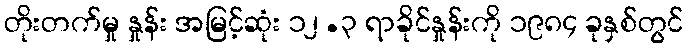
တိုးတက်မှု နှုန်း အမြင့်ဆုံး ၁၂.၃ ရာခိုင်နှုန်းကို ၁၉၈၄ ခုနှစ်တွင်